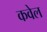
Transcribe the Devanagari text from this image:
कवेल